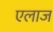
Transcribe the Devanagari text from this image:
एलाज